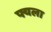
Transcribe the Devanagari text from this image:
फ्यला